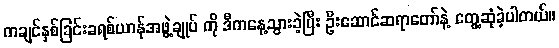
ကချင်နှစ်ခြင်းခရစ်ယာန်အဖွဲ့ချုပ် ကို ဒီကနေ့သွားခဲ့ပြီး ဦးဆောင်ဆရာတော်နဲ့ တွေ့ဆုံခဲ့ပါတယ်။